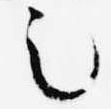
之